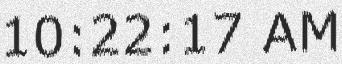
10:22:17 AM